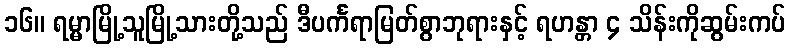
၁၆။ ရမ္မာမြို့သူမြို့သားတို့သည် ဒီပင်္ကရာမြတ်စွာဘုရားနှင့် ရဟန္တာ ၄ သိန်းကိုဆွမ်းကပ်